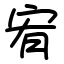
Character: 宥